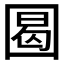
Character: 𡇼